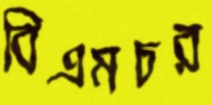
বিএমচর